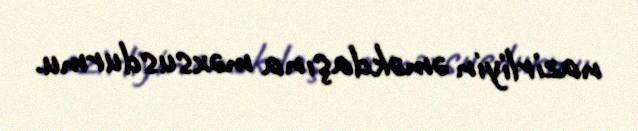
nazirliyin əməkdaşına məxsusdurmu.